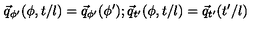
\vec { q } _ { \phi ^ { \prime } } ( \phi , t / l ) = \vec { q } _ { \phi ^ { \prime } } ( \phi ^ { \prime } ) ; \vec { q } _ { t ^ { \prime } } ( \phi , t / l ) = \vec { q } _ { t ^ { \prime } } ( t ^ { \prime } / l )